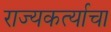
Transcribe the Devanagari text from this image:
राज्यकर्त्याचा